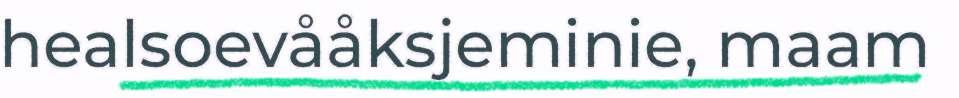
healsoevååksjeminie, maam